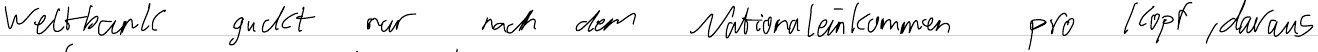
Weltbank guckt nur nach dem Nationaleinkommen pro Kopf, daraus